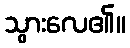
သွားလေ၏။